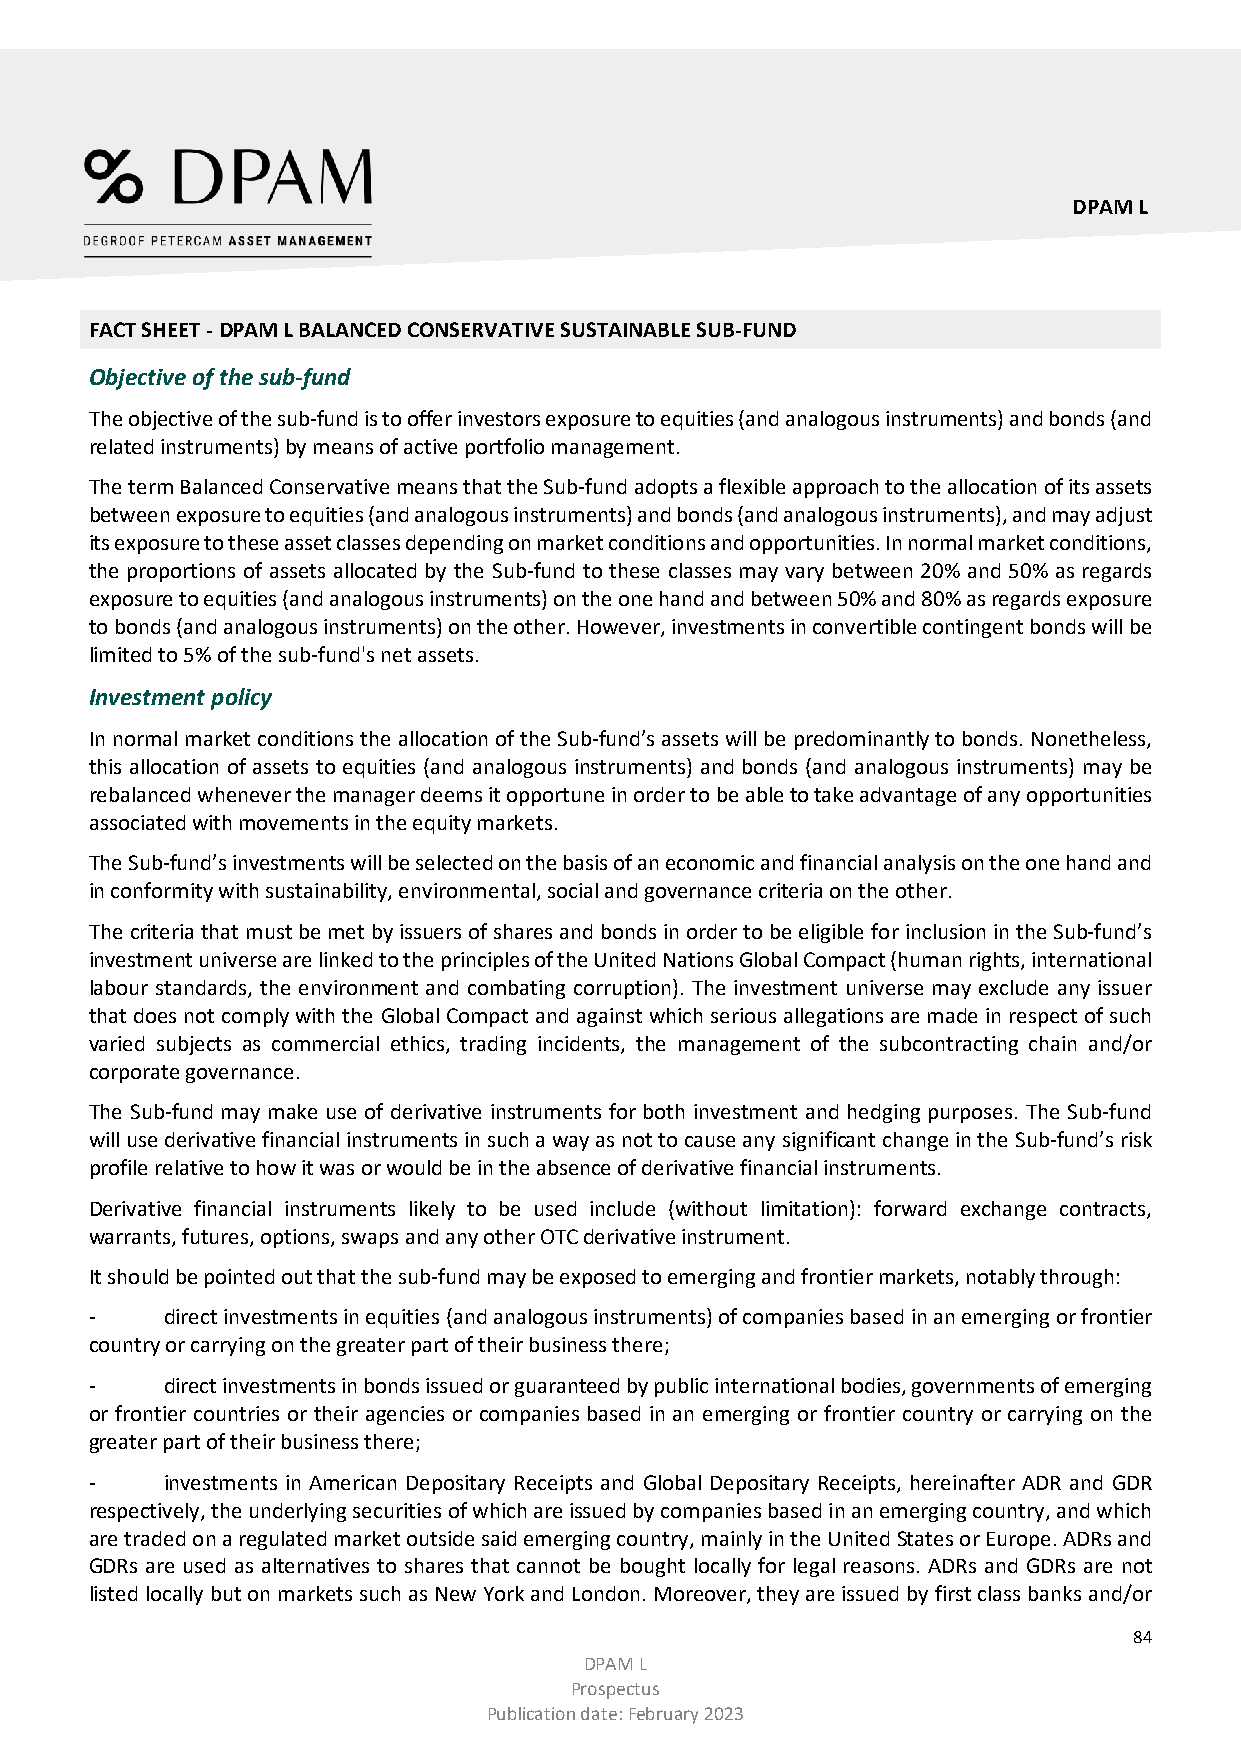
DPAM L
 FACT SHEET - DPAM L BALANCED CONSERVATIVE SUSTAINABLE SUB-FUND
 Objective of the sub-fund
 The objective of the sub-fund is to offer investors exposure to equities (and analogous instruments) and bonds (and
 related instruments) by means of active portfolio management.
 The term Balanced Conservative means that the Sub-fund adopts a flexible approach to the allocation of its assets
 between exposure to equities (and analogous instruments) and bonds (and analogous instruments), and may adjust
 its exposure to these asset classes depending on market conditions and opportunities. In normal market conditions,
 the proportions of assets allocated by the Sub-fund to these classes may vary between 20% and 50% as regards
 exposure to equities (and analogous instruments) on the one hand and between 50% and 80% as regards exposure
 to bonds (and analogous instruments) on the other. However, investments in convertible contingent bonds will be
 limited to 5% of the sub-fund's net assets.
 Investment policy
 In normal market conditions the allocation of the Sub-fund’s assets will be predominantly to bonds. Nonetheless,
 this allocation of assets to equities (and analogous instruments) and bonds (and analogous instruments) may be
 rebalanced whenever the manager deems it opportune in order to be able to take advantage of any opportunities
 associated with movements in the equity markets.
 The Sub-fund’s investments will be selected on the basis of an economic and financial analysis on the one hand and
 in conformity with sustainability, environmental, social and governance criteria on the other.
 The criteria that must be met by issuers of shares and bonds in order to be eligible for inclusion in the Sub-fund’s
 investment universe are linked to the principles of the United Nations Global Compact (human rights, international
 labour standards, the environment and combating corruption). The investment universe may exclude any issuer
 that does not comply with the Global Compact and against which serious allegations are made in respect of such
 varied subjects as commercial ethics, trading incidents, the management of the subcontracting chain and/or
 corporate governance.
 The Sub-fund may make use of derivative instruments for both investment and hedging purposes. The Sub-fund
 will use derivative financial instruments in such a way as not to cause any significant change in the Sub-fund’s risk
 profile relative to how it was or would be in the absence of derivative financial instruments.
 Derivative financial instruments likely to be used include (without limitation): forward exchange contracts,
 warrants, futures, options, swaps and any other OTC derivative instrument.
 It should be pointed out that the sub-fund may be exposed to emerging and frontier markets, notably through:
 -    direct investments in equities (and analogous instruments) of companies based in an emerging or frontier
 country or carrying on the greater part of their business there;
 -    direct investments in bonds issued or guaranteed by public international bodies, governments of emerging
 or frontier countries or their agencies or companies based in an emerging or frontier country or carrying on the
 greater part of their business there;
 -    investments in American Depositary Receipts and Global Depositary Receipts, hereinafter ADR and GDR
 respectively, the underlying securities of which are issued by companies based in an emerging country, and which
 are traded on a regulated market outside said emerging country, mainly in the United States or Europe. ADRs and
 GDRs are used as alternatives to shares that cannot be bought locally for legal reasons. ADRs and GDRs are not
 listed locally but on markets such as New York and London. Moreover, they are issued by first class banks and/or
 84
 DPAM L
 Prospectus
 Publication date: February 2023